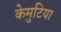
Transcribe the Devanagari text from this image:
केमुटिया